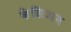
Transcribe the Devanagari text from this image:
कैसिअम